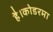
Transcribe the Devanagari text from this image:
है।कोडरमा